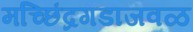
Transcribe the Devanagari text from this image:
मच्छिंद्रगडाजवळ